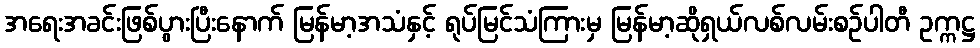
အရေးအခင်းဖြစ်ပွားပြီးနောက် မြန်မာ့အသံနှင့် ရုပ်မြင်သံကြားမှ မြန်မာ့ဆိုရှယ်လစ်လမ်းစဉ်ပါတီ ဥက္ကဋ္ဌ